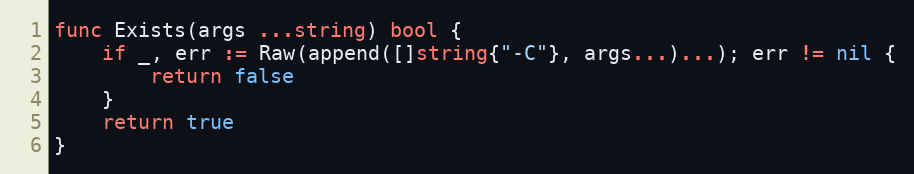
Language: Go
func Exists(args ...string) bool {
	if _, err := Raw(append([]string{"-C"}, args...)...); err != nil {
		return false
	}
	return true
}